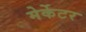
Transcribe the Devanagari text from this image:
मेर्केटर